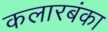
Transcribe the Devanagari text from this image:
कलारबंका